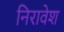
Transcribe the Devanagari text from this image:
निरावेश